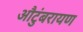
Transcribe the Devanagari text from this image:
औटुंबरायण